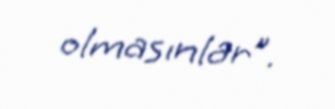
olmasınlar”.